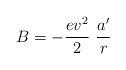
LaTeX: \begin{align*}B=-\frac{ev^2}{2}\ \frac{a^{\prime}}r \end{align*}